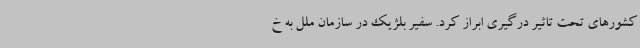
کشورهای تحت تاثیر درگیری ابراز کرد. سفیر بلژیک در سازمان ملل به خ